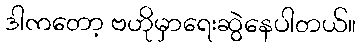
ဒါကတော့ ဗဟိုမှာရေးဆွဲနေပါတယ်။